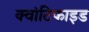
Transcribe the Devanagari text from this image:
क्वांटिफाइड